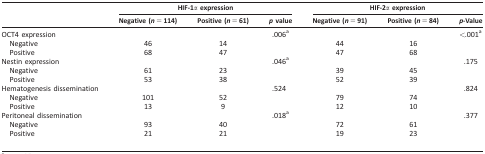
<table><thead><tr><td></td><td colspan="3"><b>HIF-1α expression</b></td><td colspan="3"><b>HIF-2α expression</b></td></tr><tr><td></td><td><b>Negative (<i>n</i> = 114)</b></td><td><b>Positive (<i>n</i> = 61)</b></td><td><b><i>p</i> value</b></td><td><b>Negative (<i>n</i> = 91)</b></td><td><b>Positive (<i>n</i> = 84)</b></td><td><b><i>p</i>-Value</b></td></tr></thead><tbody><tr><td>OCT4 expression</td><td colspan="2"></td><td rowspan="3">.006a</td><td colspan="2"></td><td rowspan="3">&lt;.001a</td></tr><tr><td> Negative</td><td>46</td><td>14</td><td>44</td><td>16</td></tr><tr><td> Positive</td><td>68</td><td>47</td><td>47</td><td>68</td></tr><tr><td>Nestin expression</td><td colspan="2"></td><td rowspan="3">.046a</td><td colspan="2"></td><td rowspan="3">.175</td></tr><tr><td> Negative</td><td>61</td><td>23</td><td>39</td><td>45</td></tr><tr><td> Positive</td><td>53</td><td>38</td><td>52</td><td>39</td></tr><tr><td>Hematogenesis dissemination</td><td colspan="2"></td><td rowspan="3">.524</td><td colspan="2"></td><td rowspan="3">.824</td></tr><tr><td> Negative</td><td>101</td><td>52</td><td>79</td><td>74</td></tr><tr><td> Positive</td><td>13</td><td>9</td><td>12</td><td>10</td></tr><tr><td>Peritoneal dissemination</td><td colspan="2"></td><td rowspan="3">.018a</td><td colspan="2"></td><td rowspan="3">.377</td></tr><tr><td> Negative</td><td>93</td><td>40</td><td>72</td><td>61</td></tr><tr><td> Positive</td><td>21</td><td>21</td><td>19</td><td>23</td></tr></tbody></table>